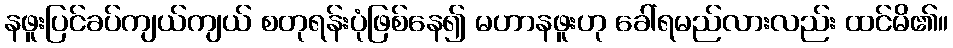
နဖူးပြင်ခပ်ကျယ်ကျယ် စတုရန်းပုံဖြစ်နေ၍ မဟာနဖူးဟု ခေါ်ရမည်လားလည်း ထင်မိ၏။